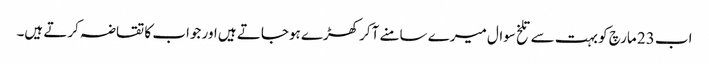
اب 23 مارچ کو بہت سے تلخ سوال میرے سامنے آکر کھڑے ہوجاتے ہیں اور جواب کا تقاضہ کرتے ہیں۔